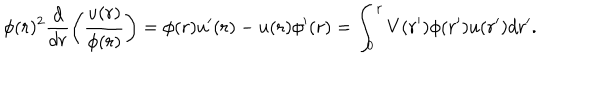
LaTeX: \phi ( r ) ^ { 2 } \frac { d } { d r } \left( \frac { u ( r ) } { \phi ( r ) } \right) = \phi ( r ) u ^ { \prime } ( r ) - u ( r ) \phi ^ { \prime } ( r ) = \int _ { 0 } ^ { r } V ( r ^ { \prime } ) \phi ( r ^ { \prime } ) u ( r ^ { \prime } ) d r ^ { \prime } .